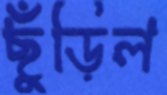
ছুঁড়িল